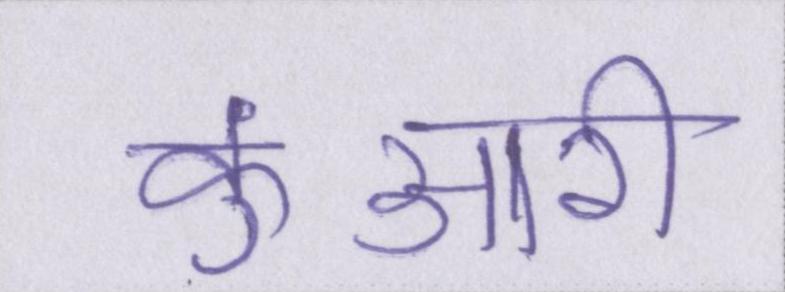
कुंआरी